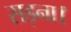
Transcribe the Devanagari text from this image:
सड़ना।